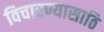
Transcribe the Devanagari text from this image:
विचारण्यासाठि